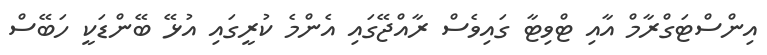
އިންސްޓަގްރާމް އާއި ޓްވިޓާ ގައިވެސް ރާއްޖޭގައި އެންމެ ކުރީގައި އުޅޭ ބޭންޑަކީ ހަބޭސް